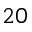
^ { 2 0 }